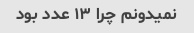
نمیدونم چرا ۱۳ عدد بود